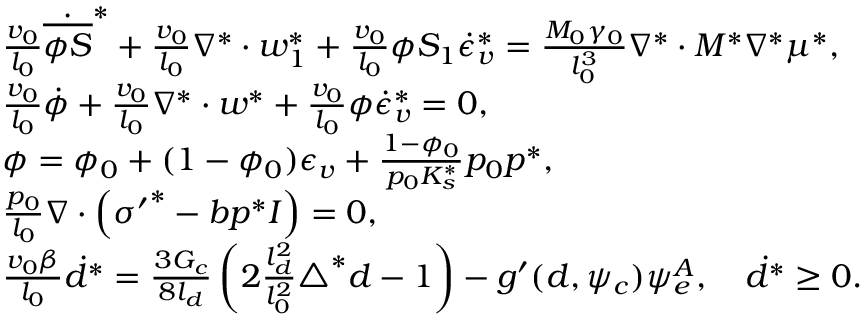
\begin{array} { r l } & { \frac { v _ { 0 } } { l _ { 0 } } \dot { \overline { { \phi S } } } ^ { * } + \frac { v _ { 0 } } { l _ { 0 } } \nabla ^ { * } \cdot \boldsymbol { w } _ { 1 } ^ { * } + \frac { v _ { 0 } } { l _ { 0 } } \phi S _ { 1 } \dot { \epsilon } _ { v } ^ { * } = \frac { M _ { 0 } \gamma _ { 0 } } { l _ { 0 } ^ { 3 } } \nabla ^ { * } \cdot M ^ { * } \nabla ^ { * } \mu ^ { * } , } \\ & { \frac { v _ { 0 } } { l _ { 0 } } \dot { \phi } + \frac { v _ { 0 } } { l _ { 0 } } \nabla ^ { * } \cdot \boldsymbol { w } ^ { * } + \frac { v _ { 0 } } { l _ { 0 } } \phi \dot { \epsilon } _ { v } ^ { * } = 0 , } \\ & { \phi = \phi _ { 0 } + ( 1 - \phi _ { 0 } ) \epsilon _ { v } + \frac { 1 - \phi _ { 0 } } { p _ { 0 } K _ { s } ^ { * } } p _ { 0 } p ^ { * } , } \\ & { \frac { p _ { 0 } } { l _ { 0 } } \nabla \cdot \left( { \boldsymbol { \sigma } ^ { \prime } } ^ { * } - b p ^ { * } \boldsymbol { I } \right) = 0 , } \\ & { \frac { v _ { 0 } \beta } { l _ { 0 } } \dot { d } ^ { * } = \frac { 3 G _ { c } } { 8 l _ { d } } \left( 2 \frac { l _ { d } ^ { 2 } } { l _ { 0 } ^ { 2 } } \triangle ^ { * } { d } - 1 \right) - g ^ { \prime } ( d , \psi _ { c } ) \psi _ { e } ^ { A } , \quad \dot { d } ^ { * } \ge 0 . } \end{array}